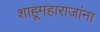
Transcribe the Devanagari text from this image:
शाहूमहाराजांना